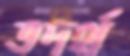
তদর্থ